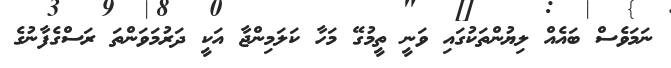
ނަމަވެސް ބައެއް ލިޔުންތަކުގައި ވަނީ ތީމުގޭ މަހާ ކަލަމިންޖާ އަކީ ދަރުމަވަންތަ ރަސްގެފާނުގެ